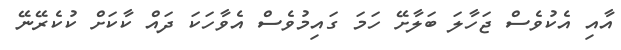
އާއި އެކުވެސް ޖަހާލަ ބަލާށޭ ހަމަ ގަައިމުވެސް އެވާހަކަ ދައް ކާކަށް ކުކެރޭނޭ